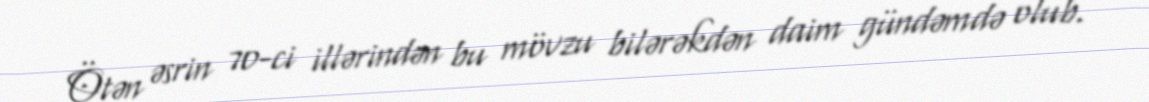
Ötən əsrin 70-ci illərindən bu mövzu bilərəkdən daim gündəmdə olub.